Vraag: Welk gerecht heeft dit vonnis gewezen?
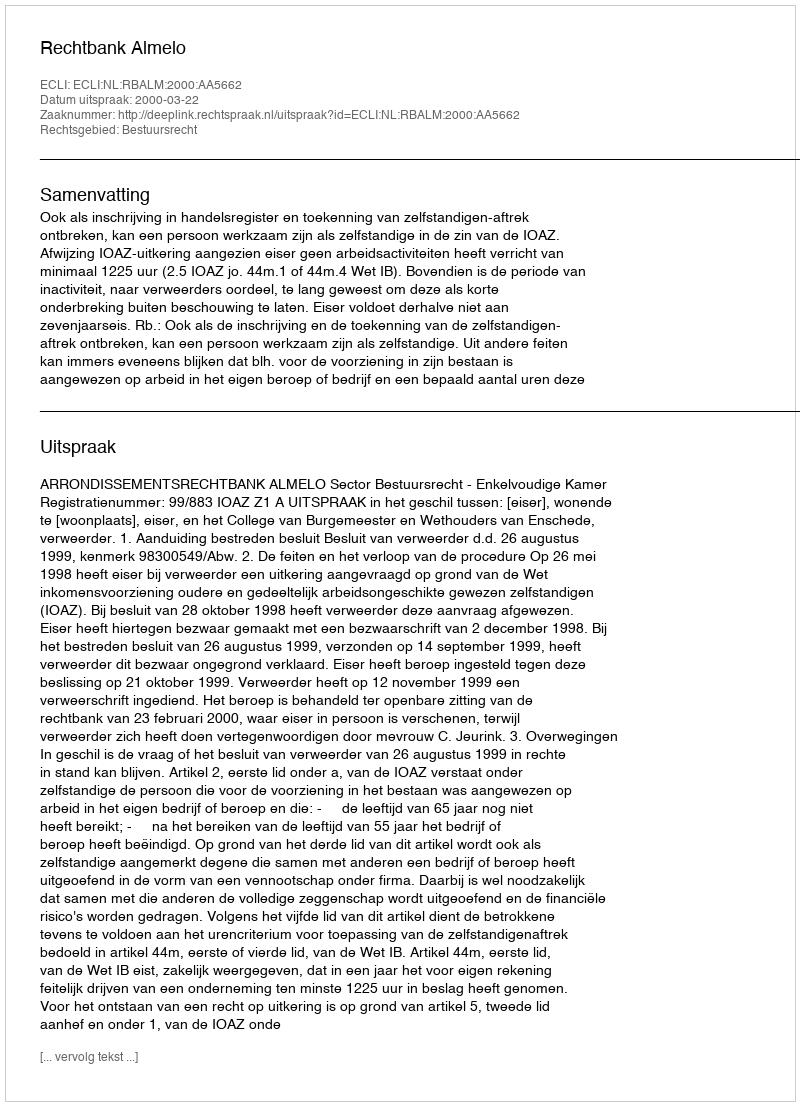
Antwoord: Rechtbank Almelo